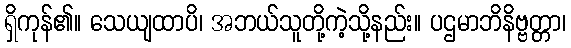
ရှိကုန်၏။ သေယျထာပိ၊ အဘယ်သူတို့ကဲ့သို့နည်း။ ပဌမာဘိနိဗ္ဗတ္တာ၊